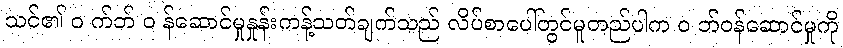
သင်၏ ၀ က်ဘ် ၀ န်ဆောင်မှုနှုန်းကန့်သတ်ချက်သည် လိပ်စာပေါ်တွင်မူတည်ပါက ၀ ဘ်ဝန်ဆောင်မှုကို